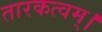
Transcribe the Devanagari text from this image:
तारकत्वम्।